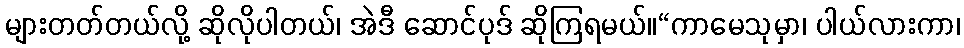
များတတ်တယ်လို့ ဆိုလိုပါတယ်၊ အဲဒီ ဆောင်ပုဒ် ဆိုကြရမယ်။“ကာမေသုမှာ၊ ပါယ်လားကာ၊